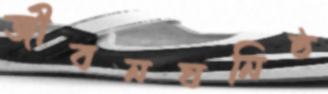
জীবনঘনিষ্ঠ